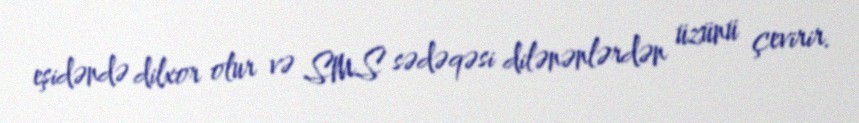
eşidəndə dilxor olur və SMS sədəqəsi dilənənlərdən üzünü çevirir.